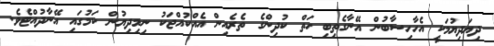
ދިޔަދިޔުމަކީ އެހާހިސާބުން އޭނާގެތިބި ހަތް ކުދިންގެ ތެރެއިން އެއްކުއްޖަކު ނިމިދިޔުން ކަމުގައި އޭނާދުއްޓެވެ.